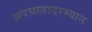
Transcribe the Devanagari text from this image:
अपघातादरम्यान